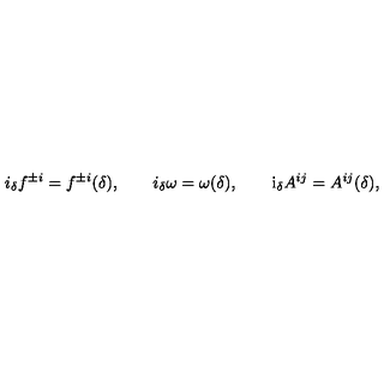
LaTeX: i _ { \delta } f ^ { \pm i } = f ^ { \pm i } ( \delta ) , \qquad i _ { \delta } \omega = \omega ( \delta ) , \qquad \mathrm { i } _ { \delta } A ^ { i j } = A ^ { i j } ( \delta ) ,